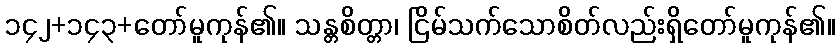
၁၄၂+၁၄၃+တော်မူကုန်၏။ သန္တစိတ္တာ၊ ငြိမ်သက်သောစိတ်လည်းရှိတော်မူကုန်၏။